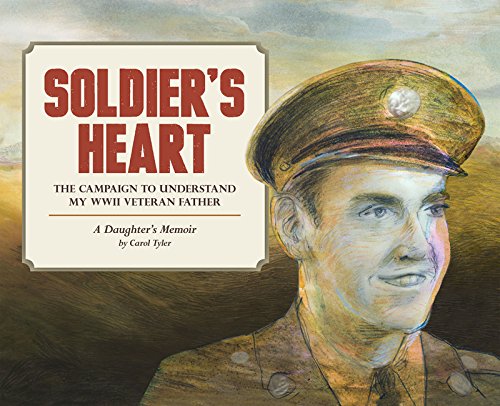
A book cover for Soldier's Heart: The Campaign to Understand My WWII Veteran Father: A Daughter's Memoir (You'll Never Know); Carol Tyler; Comics & Graphic Novels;